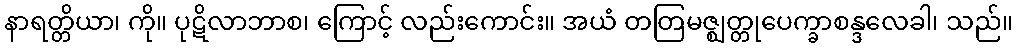
နာရတ္တိယာ၊ ကို။ ပုဋိလာဘာစ၊ ကြောင့် လည်းကောင်း။ အယံ တတြမဇ္ဈတ္တုပေက္ခာစန္ဒလေခါ၊ သည်။